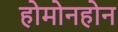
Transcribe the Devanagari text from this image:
होमोनहोन